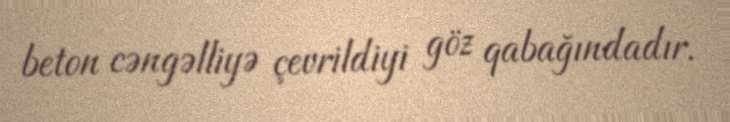
beton cəngəlliyə çevrildiyi göz qabağındadır.